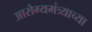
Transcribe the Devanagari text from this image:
आरोग्यमंत्र्याच्या